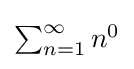
\textstyle \sum _{n=1}^{\infty }n^{0}